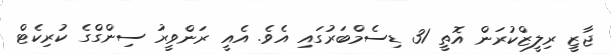
ޖާޒީ ރިލީޒްކުރަން އޮތީ 31 ޑިސެމްބަރުގައި އެވެ. އެއީ ރަންވީރު ސިންގްގެ ކުރިކެޓް